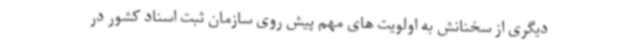
دیگری از سخنانش به اولویت های مهم پیش روی سازمان ثبت اسناد کشور در